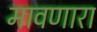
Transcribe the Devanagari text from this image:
मावणारा